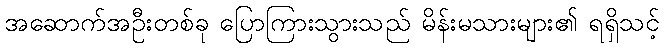
အဆောက်အဦးတစ်ခု ပြောကြားသွားသည် မိန်းမသားများ၏ ရရှိသင့်